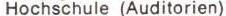
Hochschule (Auditorien)